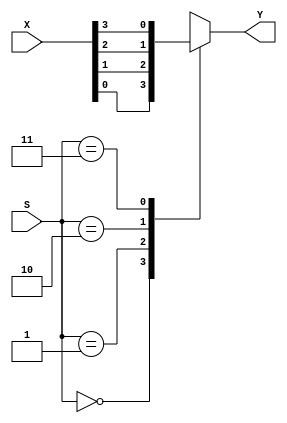
`timescale 1ns / 1ps
//////////////////////////////////////////////////////////////////////////////////
// Company: 
// Engineer: 
// 
// Design Name: 
// Module Name: mux4x1
// Project Name: 
// Target Devices: 
// Tool Versions: 
// Description: 
// 
// Dependencies: 
// 
// Revision:
// Revision 0.01 - File Created
// Additional Comments:
// 
//////////////////////////////////////////////////////////////////////////////////


module mux4x1(
    input [3:0] X, //array of four input bits
    input [1:0] S, //Select line
    output reg Y //Output
    );

    always @* 
        case(S)
            2'b00: Y = X[0];
            2'b01: Y = X[1];
            2'b10: Y = X[2];
            2'b11: Y = X[3];
        endcase
endmodule